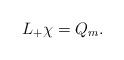
LaTeX: \begin{align*}L_+ \chi = Q_m.\end{align*}